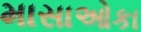
માસાઓકા